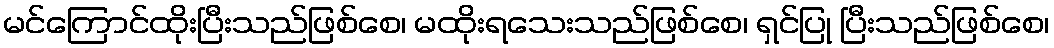
မင်ကြောင်ထိုးပြီးသည်ဖြစ်စေ၊ မထိုးရသေးသည်ဖြစ်စေ၊ ရှင်ပြု ပြီးသည်ဖြစ်စေ၊